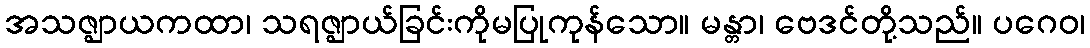
အသဇ္ဈာယကထာ၊ သရဇ္ဈာယ်ခြင်းကိုမပြုကုန်သော။ မန္တာ၊ ဗေဒင်တို့သည်။ ပဂေဝ၊